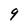
Character: 9